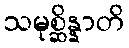
သမုစ္ဆိန္နာတိ